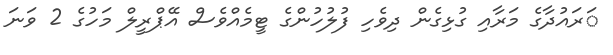
ަރައުދާގެ މަރާއި ގުޅިގެން ދިވެހި ފުލުހުންގެ ޓީމެއްވެސް އޭޕްރީލް މަހުގެ 2 ވަނަ